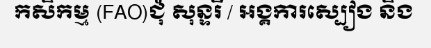
កសិកម្ម (FAO)ជុំ សុន្ទរី / អង្គការស្បៀង និង